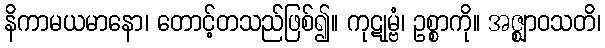
နိကာမယမာနော၊ တောင့်တသည်ဖြစ်၍။ ကုဋုမ္ဗံ၊ ဥစ္စာကို။ အဇ္ဈာဝသတိ၊